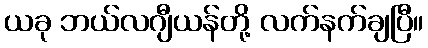
ယခု ဘယ်လဂျီယန်တို့ လက်နက်ချပြီ။